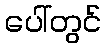
ပေါ်တွင်